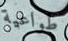
طواعية